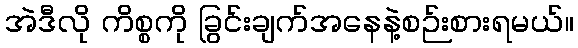
အဲဒီလို ကိစ္စကို ခြွင်းချက်အနေနဲ့စဉ်းစားရမယ်။